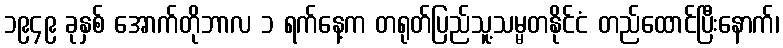
၁၉၄၉ ခုနှစ် အောက်တိုဘာလ ၁ ရက်နေ့က တရုတ်ပြည်သူ့သမ္မတနိုင်ငံ တည်ထောင်ပြီးနောက်၊